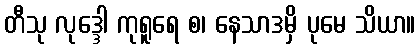
တီသု လုဒ္ဒေါ ကုရူရေ စ၊ နေသာဒမှိ ပုမေ သိယာ။